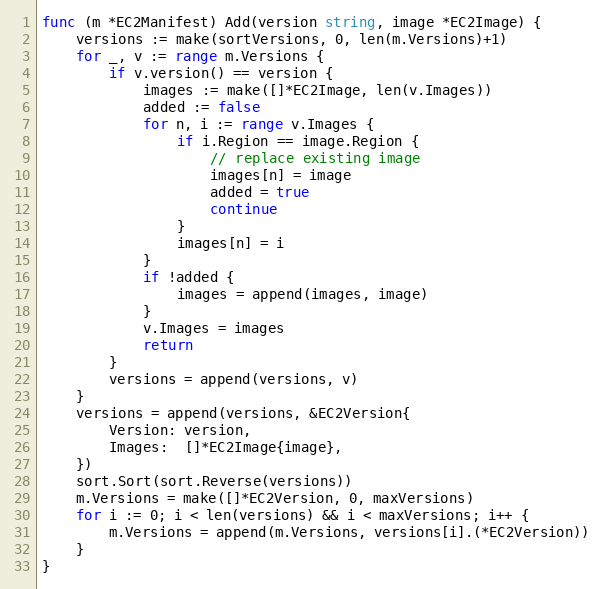
Language: Go
func (m *EC2Manifest) Add(version string, image *EC2Image) {
	versions := make(sortVersions, 0, len(m.Versions)+1)
	for _, v := range m.Versions {
		if v.version() == version {
			images := make([]*EC2Image, len(v.Images))
			added := false
			for n, i := range v.Images {
				if i.Region == image.Region {
					// replace existing image
					images[n] = image
					added = true
					continue
				}
				images[n] = i
			}
			if !added {
				images = append(images, image)
			}
			v.Images = images
			return
		}
		versions = append(versions, v)
	}
	versions = append(versions, &EC2Version{
		Version: version,
		Images:  []*EC2Image,
	})
	sort.Sort(sort.Reverse(versions))
	m.Versions = make([]*EC2Version, 0, maxVersions)
	for i := 0; i < len(versions) && i < maxVersions; i++ {
		m.Versions = append(m.Versions, versions[i].(*EC2Version))
	}
}